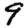
Digit: 9